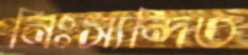
নিঃস্যন্দিত